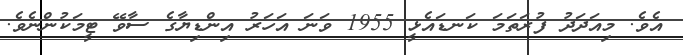
އެވެ. މިއަދަދު ފުރަތަމަ ކަނޑައެޅީ 1955 ވަނަ އަހަރު އިންޑިޔާގެ ސާވޭ ޓީމަކުންނެވެ.